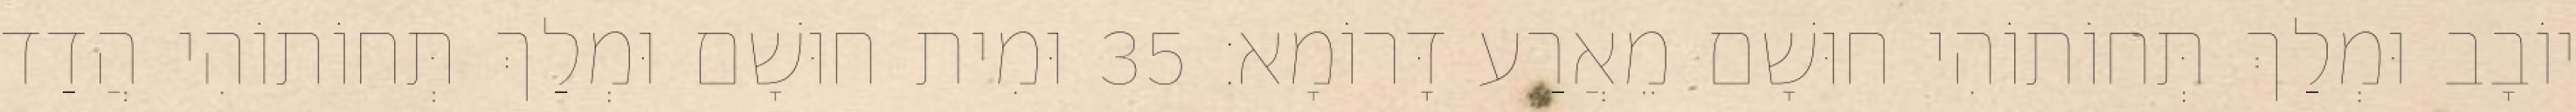
יוֹבָב וּמְלַךְ תְּחוֹתוֹהִי חוּשָׁם מֵאֲרַע דָּרוֹמָא׃ 35 וּמִית חוּשָׁם וּמְלַךְ תְּחוֹתוֹהִי הֲדַד